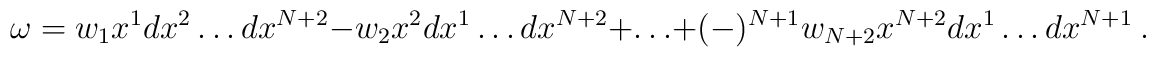
\omega = w_1 x^1 dx^2\ldots dx^{N+2} - w_2 x^2 dx^1\ldots dx^{N+2} + \ldots+ (-)^{N+1} w_{N+2} x^{N+2} dx^1\ldots dx^{N+1}~.